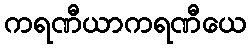
ကရဏီယာကရဏီယေ